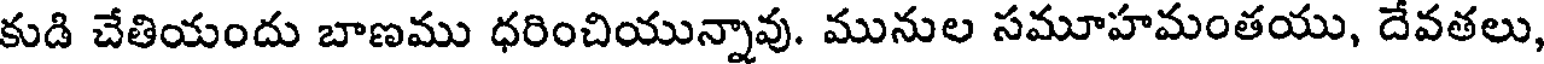
కుడి చేతియందు బాణము ధరించియున్నావు. మునుల సమూహమంతయు, దేవతలు,